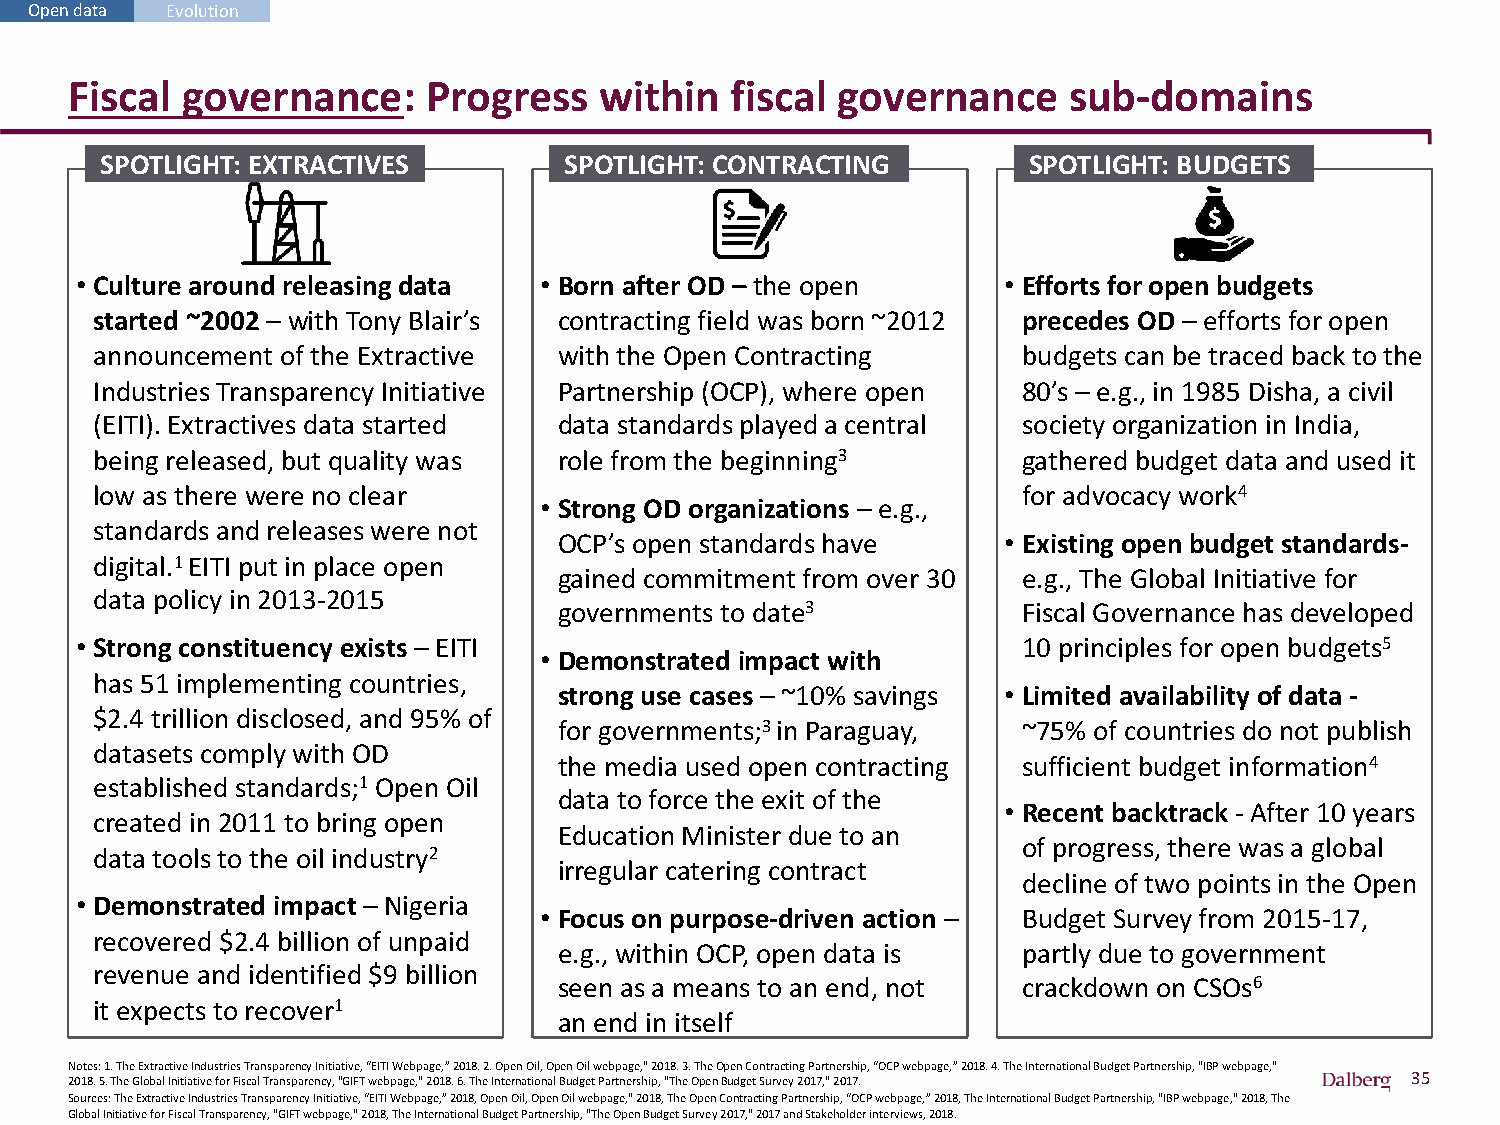
Open data Evolution
 Fiscal governance:     Progress    within  fiscal governance      sub-domains
 SPOTLIGHT: EXTRACTIVES        SPOTLIGHT: CONTRACTING         SPOTLIGHT: BUDGETS
 • Culture around releasing data • Born after OD – the open   • Efforts for open budgets
 started ~2002 – with Tony Blair’s contracting field was born ~2012 precedes OD – efforts for open
 announcement of the Extractive with the Open Contracting      budgets can be traced back to the
 Industries Transparency Initiative Partnership (OCP), where open 80’s – e.g., in 1985 Disha, a civil
 (EITI). Extractives data started data standards played a central society organization in India,
 being released, but quality was role from the beginning3      gathered budget data and used it
 low as there were no clear                                    for advocacy work4
 • Strong OD organizations – e.g.,
 standards and releases were not
 OCP’s open standards have    • Existing open budget standards-
 digital.1 EITI put in place open
 gained commitment from over 30 e.g., The Global Initiative for
 data policy in 2013-2015
 governments to date3           Fiscal Governance has developed
 • Strong constituency exists – EITI                            10 principles for open budgets5
 • Demonstrated impact with
 has 51 implementing countries,
 strong use cases – ~10% savings • Limited availability of data -
 $2.4 trillion disclosed, and 95% of
 for governments;3 in Paraguay, ~75% of countries do not publish
 datasets comply with OD
 the media used open contracting sufficient budget information4
 established standards;1 Open Oil
 data to force the exit of the
 • Recent backtrack - After 10 years
 created in 2011 to bring open
 Education Minister due to an
 of progress, there was a global
 data tools to the oil industry2
 irregular catering contract
 decline of two points in the Open
 • Demonstrated impact – Nigeria
 • Focus on purpose-driven action – Budget Survey from 2015-17,
 recovered $2.4 billion of unpaid
 e.g., within OCP, open data is partly due to government
 revenue and identified $9 billion
 seen as a means to an end, not crackdown on CSOs6
 it expects to recover1
 an end in itself
 Notes: 1. The Extractive Industries Transparency Initiative, “EITI Webpage,” 2018. 2. Open Oil, Open Oil webpage," 2018. 3. The Open Contracting Partnership, “OCP webpage,” 2018. 4. The International Budget Partnership, "IBP webpage,"
 2018. 5. The Global Initiative for Fiscal Transparency, "GIFT webpage," 2018. 6. The International Budget Partnership, "The OpenBudget Survey 2017," 2017. 35
 Sources: The Extractive Industries Transparency Initiative, “EITI Webpage,” 2018, Open Oil, Open Oil webpage," 2018, The OpenContracting Partnership, “OCP webpage,” 2018, The International Budget Partnership, "IBP webpage," 2018, The
 Global Initiative for Fiscal Transparency, "GIFT webpage," 2018, The International Budget Partnership, "The Open Budget Survey 2017," 2017 and Stakeholder interviews, 2018.